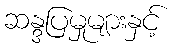
ဆန္ဒပြမှုများနှင့်